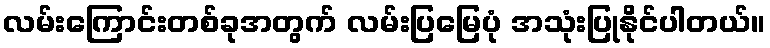
လမ်းကြောင်းတစ်ခုအတွက် လမ်းပြမြေပုံ အသုံးပြုနိုင်ပါတယ်။